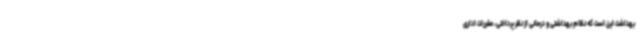
بهداشت این است که نظام بهداشتی و درمانی از نظر پرداختی، مقررات اداری